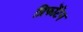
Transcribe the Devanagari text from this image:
प्रिफोंटेन